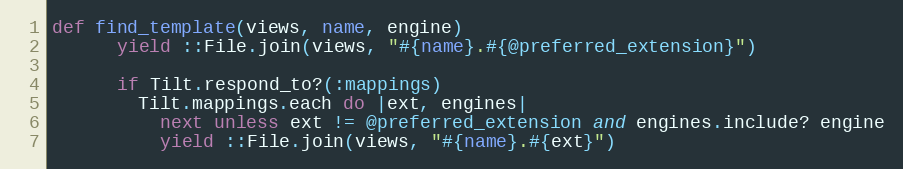
Language: Ruby
def find_template(views, name, engine)
      yield ::File.join(views, "#{name}.#{@preferred_extension}")

      if Tilt.respond_to?(:mappings)
        Tilt.mappings.each do |ext, engines|
          next unless ext != @preferred_extension and engines.include? engine
          yield ::File.join(views, "#{name}.#{ext}")